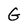
Character: G